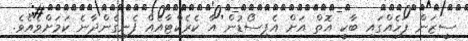
ސީޒަން ފަހެއްގައި ބާކީ އޮތް އަށް އެޕިސޯޑުން އާ ކެރެކްޓާއެއް ފެނިގެންދާނެ ކަމަށްވެއެވެ.